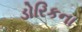
ડોરિકના